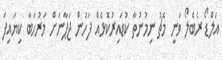
އަލްޑޯ ރެބެލޯ ވަނީ މެޗު ނިމުނުތާ ކުޑައިރުކޮޅެއް ފަހުން ޖަޕާނަށް މަރުހަބާ ކިޔައިފަ